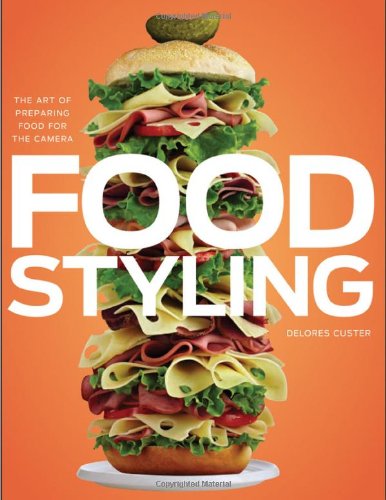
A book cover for Food Styling: The Art of Preparing Food for the Camera; Delores Custer; Cookbooks, Food & Wine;